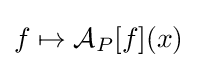
f\mapsto {\mathcal {A}}_{P}[f](x)